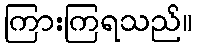
ကြားကြရသည်။